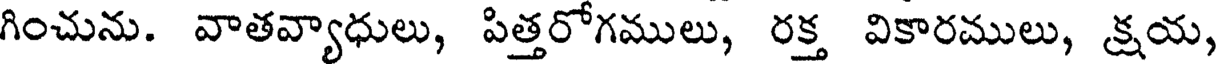
గించును. వాతవ్యాధులు, పిత్తరోగములు, రక్త వికారములు, క్షయ,